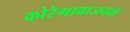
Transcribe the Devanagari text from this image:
कोरेगावाजवळ